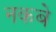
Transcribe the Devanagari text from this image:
नकबे